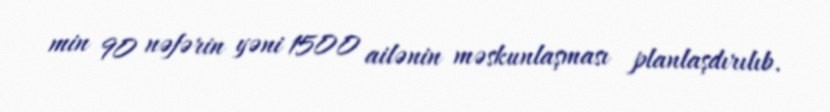
min 90 nəfərin yəni 1500 ailənin məskunlaşması planlaşdırılıb.